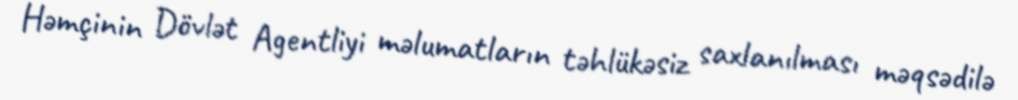
Həmçinin Dövlət Agentliyi məlumatların təhlükəsiz saxlanılması məqsədilə